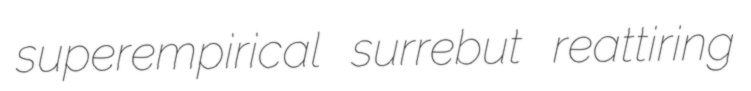
superempirical surrebut reattiring